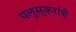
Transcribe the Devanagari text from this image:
पलुस्करांचे